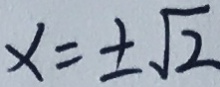
x = \pm \sqrt { 2 }